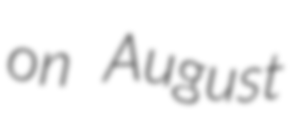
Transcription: on August